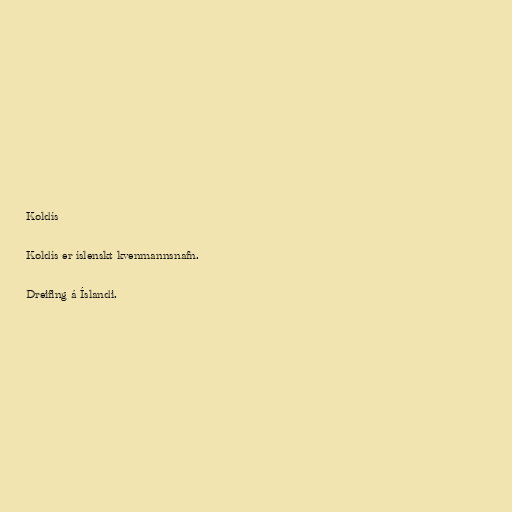
Koldís

Koldís er íslenskt kvenmannsnafn.

Dreifing á Íslandi.